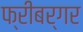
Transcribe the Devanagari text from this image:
फ्रीबर्गर